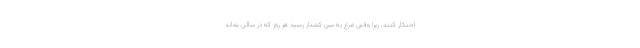
احتکار کنند، زیرا وقتی مرغ به سن کشتار رسید هر روز که در سالن بماند